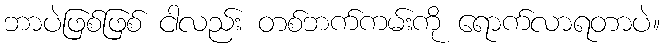
ဘာပဲဖြစ်ဖြစ် ငါလည်း တစ်ဘက်ကမ်းကို ရောက်လာရတာပဲ။